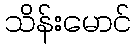
သိန်းမောင်